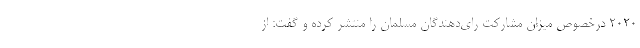
۲۰۲۰ درخصوص میزان مشارکت رای‌دهندگان مسلمان را منتشر کرده و گفت: از